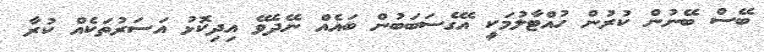
ބޭސް ބޭނުން ކުރުން ހުއްޓާލުމަކީ އޭގެސަބަބުން ބައެއް ނޭދެވޭ އިދިކޮޅު އަސަރުތަކެއް ކުރާ